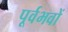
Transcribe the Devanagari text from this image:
पूर्वभवों